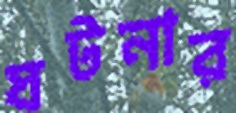
ঘটনার